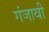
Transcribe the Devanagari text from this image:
गंजावी